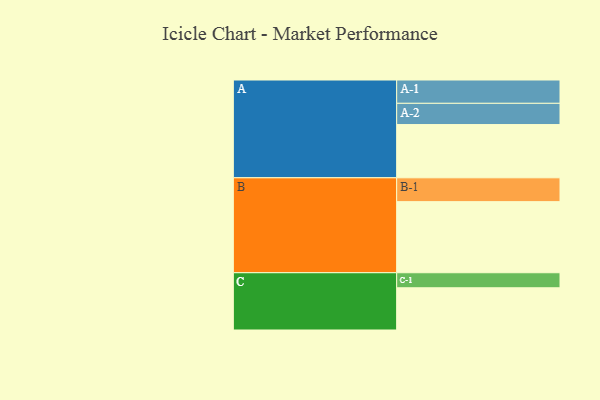
{"axis": {"x": "Segment", "y": "Value"}, "legend": ["", "A", "B", "C"], "data": [{"x": "A", "y": 411, "type": ""}, {"x": "B", "y": 549, "type": ""}, {"x": "C", "y": 326, "type": ""}, {"x": "A-1", "y": 180, "type": "A"}, {"x": "A-2", "y": 164, "type": "A"}, {"x": "B-1", "y": 184, "type": "B"}, {"x": "C-1", "y": 116, "type": "C"}]}